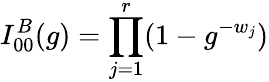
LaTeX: I_{00}^{B}(g)=\prod_{j=1}^{r}(1-g^{-w_{j}})